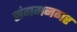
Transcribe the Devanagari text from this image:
संगमनगर